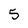
Character: 5